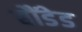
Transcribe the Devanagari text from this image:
बौंडेड